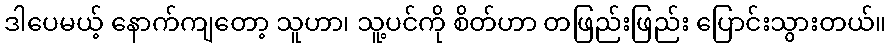
ဒါပေမယ့် နောက်ကျတော့ သူဟာ၊ သူ့ပင်ကို စိတ်ဟာ တဖြည်းဖြည်း ပြောင်းသွားတယ်။